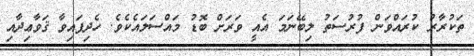
ތަކުރާރު ކުރައްވަން ފުރުސަތު ލިބޭނަމަ އެއީ ވަރަށް ބޮޑު މައްސަލައެކެވެ. ހެދިފައިވާ ޤަވާޢިދާއި